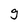
Character: g